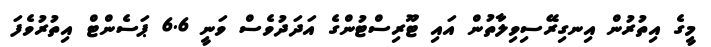
މީގެ އިތުރުން އިނގިރޭސިވިލާތުން އައި ޓޫރިސްޓުންގެ އަދަދުވެސް ވަނީ 6.6 ޕަސެންޓް އިތުރުވެފަ